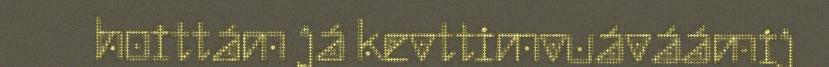
hoittám já kevttimvuáváámij